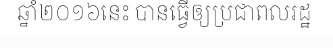
ឆ្នាំ២០១៦នេះ បានធ្វើឲ្យប្រជាពលរដ្ឋ